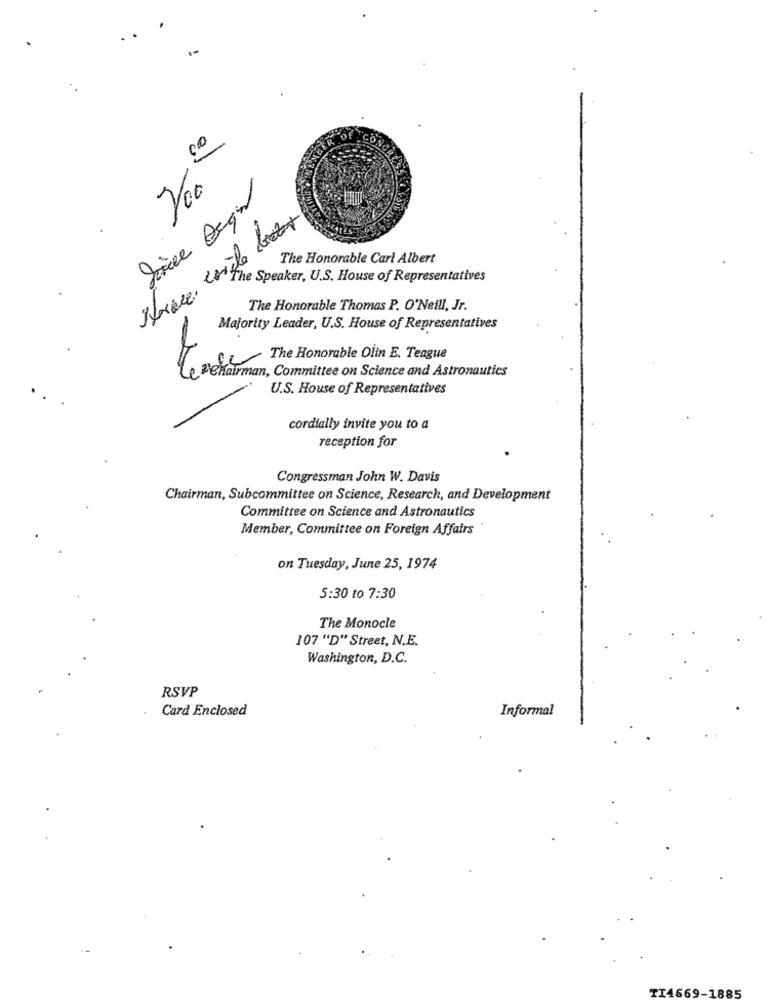
00
200
The Honorable Carl Albert
The Speaker, U.S. House of Representatives
The Honorable Thomas P. O'Neill, Jr.
Majority Leader, U.S. House of Representatives
Candy The Honorable Olin E. Teague
Chairman, Committee on Science and Astronautics
U.S. House of Representatives
cordially invite you to a
reception for
Congressman John W. Davis
Chairman, Subcommittee on Science, Research, and Development
Committee on Science and Astronautics
Member, Committee on Foreign Affairs
on Tuesday, June 25, 1974
5:30 to 7:30
The Monocle
107 "D" Street, N.E.
Washington, D.C.
RSVP
Card Enclosed
Informal
TI4669-1885